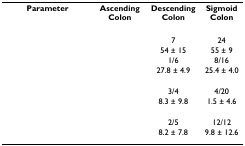
<table><thead><tr><td><b>Parameter</b></td><td><b>Ascending Colon</b></td><td><b>Descending Colon</b></td><td><b>Sigmoid Colon</b></td></tr></thead><tbody><tr><td>[EMPTY_CELL]</td><td>[EMPTY_CELL]</td><td>7</td><td>24</td></tr><tr><td>[EMPTY_CELL]</td><td>[EMPTY_CELL]</td><td>54 ± 15</td><td>55 ± 9</td></tr><tr><td>[EMPTY_CELL]</td><td>[EMPTY_CELL]</td><td>1/6</td><td>8/16</td></tr><tr><td>[EMPTY_CELL]</td><td>[EMPTY_CELL]</td><td>27.8 ± 4.9</td><td>25.4 ± 4.0</td></tr><tr><td colspan="4">[EMPTY_CELL]</td></tr><tr><td>[EMPTY_CELL]</td><td>[EMPTY_CELL]</td><td>3/4</td><td>4/20</td></tr><tr><td>[EMPTY_CELL]</td><td>[EMPTY_CELL]</td><td>8.3 ± 9.8</td><td>1.5 ± 4.6</td></tr><tr><td colspan="4">[EMPTY_CELL]</td></tr><tr><td>[EMPTY_CELL]</td><td>[EMPTY_CELL]</td><td>2/5</td><td>12/12</td></tr><tr><td>[EMPTY_CELL]</td><td>[EMPTY_CELL]</td><td>8.2 ± 7.8</td><td>9.8 ± 12.6</td></tr></tbody></table>